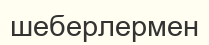
шеберлермен